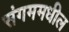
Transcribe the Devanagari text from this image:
संगममधील